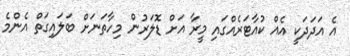
އެ އަދަދަކީ އެއް ކުއާޓަރެއްގައި މީރާ އަށް ޑޮލަރުން މިހާތަނަށް ބަލައިގަތް އެންމެ